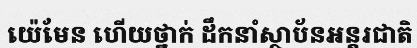
យ៉េមែន ហើយថ្នាក់ ដឹកនាំស្ថាប័នអន្តរជាតិ